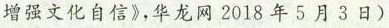
增强文化自信》,华龙网2018年5月3日)